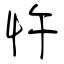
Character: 忤